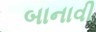
બાનાવી